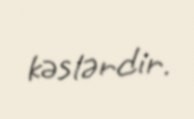
kəslərdir.